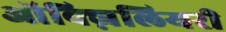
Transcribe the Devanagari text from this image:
ऑक्ज़िलियरी